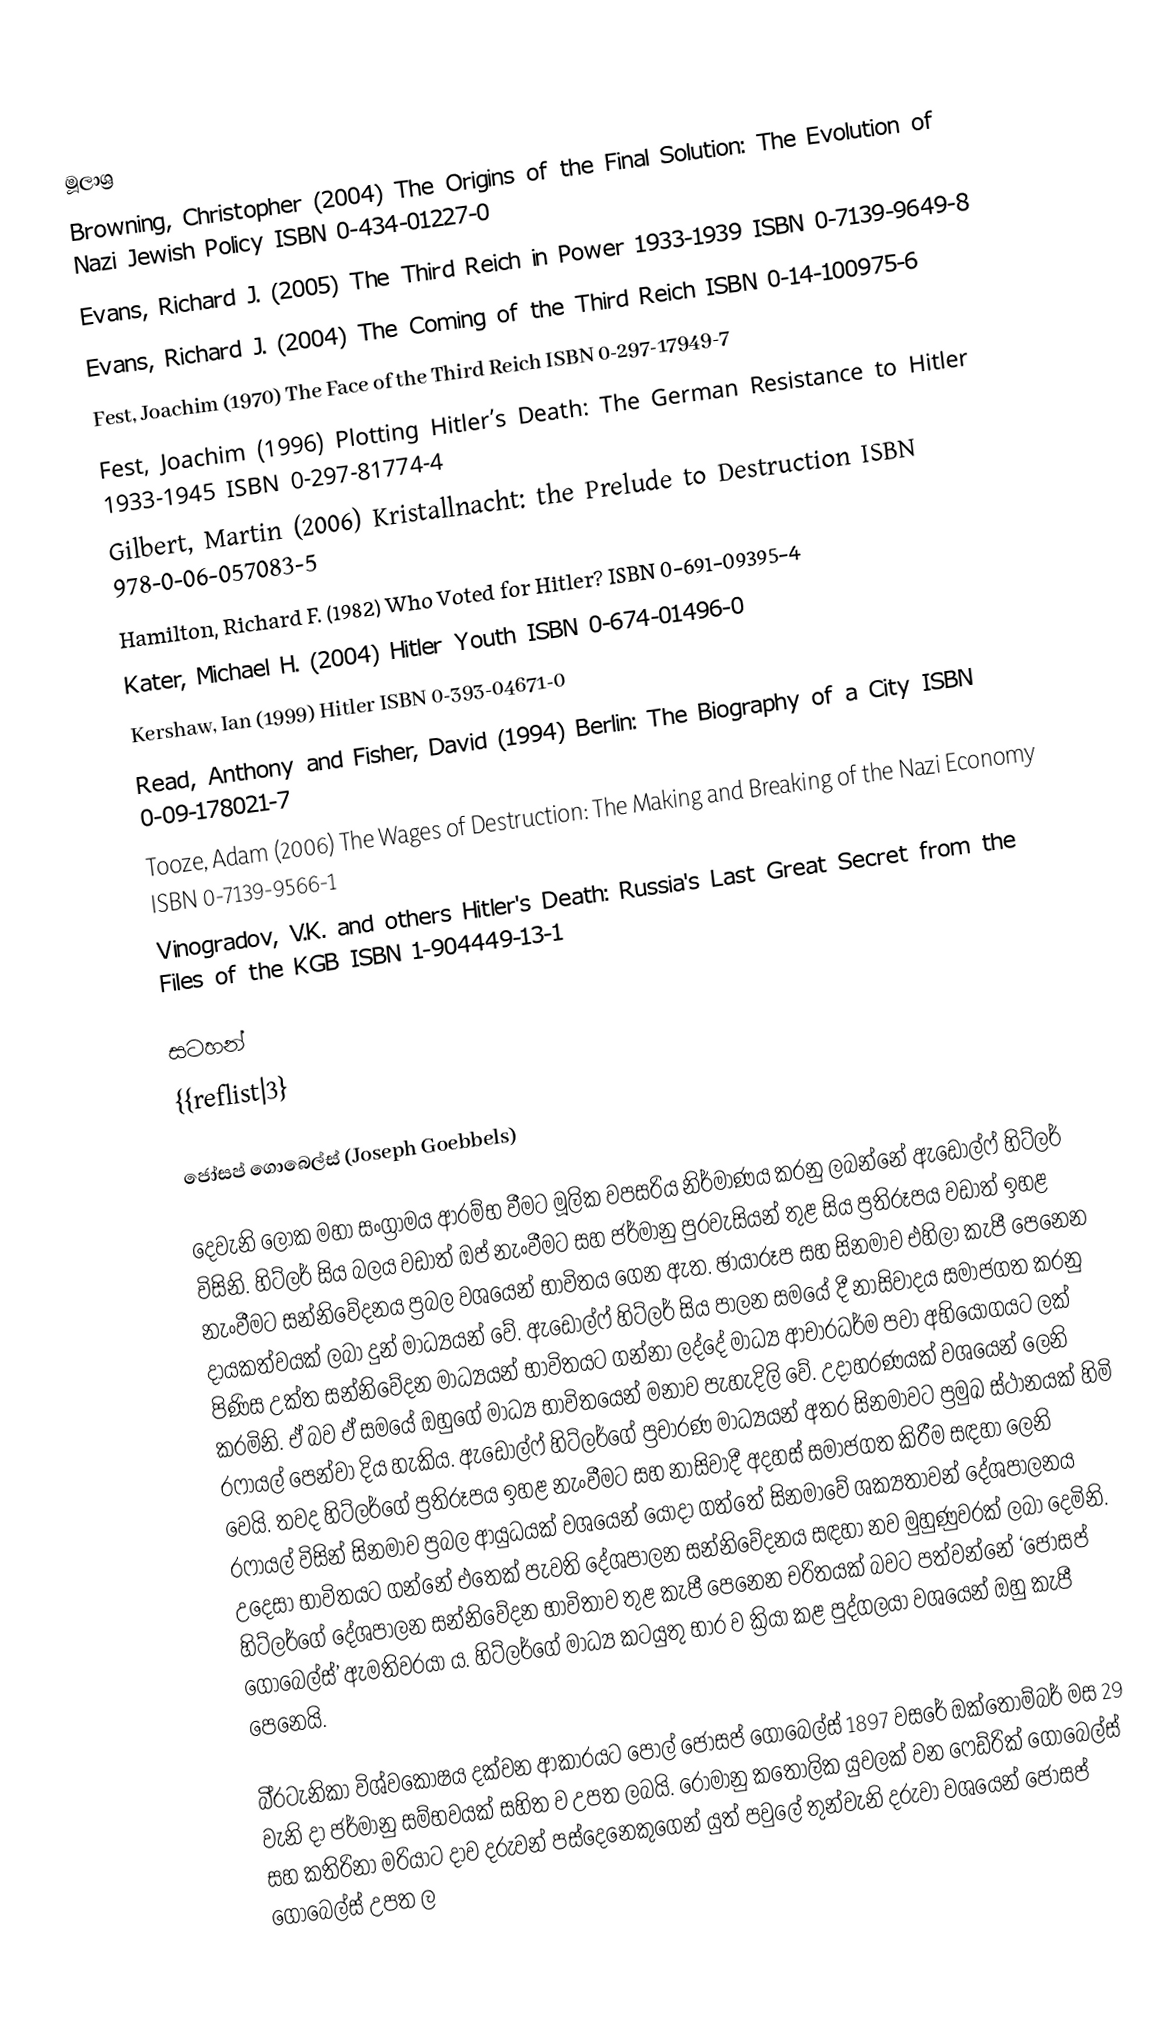

මූලාශ්‍ර
 Browning, Christopher (2004) The Origins of the Final Solution: The Evolution of Nazi Jewish Policy ISBN 0-434-01227-0
 Evans, Richard J. (2005) The Third Reich in Power 1933-1939 ISBN 0-7139-9649-8
 Evans, Richard J. (2004) The Coming of the Third Reich ISBN 0-14-100975-6
 Fest, Joachim (1970) The Face of the Third Reich ISBN 0-297-17949-7
 Fest, Joachim (1996) Plotting Hitler’s Death: The German Resistance to Hitler 1933-1945 ISBN 0-297-81774-4
 Gilbert, Martin (2006) Kristallnacht: the Prelude to Destruction ISBN 978-0-06-057083-5
 Hamilton, Richard F. (1982) Who Voted for Hitler? ISBN 0-691-09395-4
 Kater, Michael H. (2004) Hitler Youth ISBN 0-674-01496-0
 Kershaw, Ian (1999) Hitler ISBN 0-393-04671-0
 Read, Anthony and Fisher, David (1994) Berlin: The Biography of a City ISBN 0-09-178021-7
 Tooze, Adam (2006) The Wages of Destruction: The Making and Breaking of the Nazi Economy ISBN 0-7139-9566-1
 Vinogradov, V.K. and others Hitler's Death: Russia's Last Great Secret from the Files of the KGB ISBN 1-904449-13-1

සටහන්
{{reflist|3}

ජෝසප් ගොබෙල්ස් (Joseph Goebbels)

දෙවැනි ලෝක මහා සංග්‍රාමය ආරම්භ වීමට මූලික වපසරිය නිර්මාණය කරනු ලබන්නේ ඇඩොල්ෆ් හිට්ලර් විසිනි. හිට්ලර් සිය බලය වඩාත් ඔප් නැංවීමට සහ ජර්මානු පුරවැසියන් තුළ සිය ප්‍රතිරූපය වඩාත් ඉහළ නැංවීමට සන්නිවේදනය ප්‍රබල වශයෙන් භාවිතය ගෙන ඇත. ඡායාරූප සහ සිනමාව එහිලා කැපී පෙනෙන දායකත්වයක් ලබා දුන් මාධ්‍යයන් වේ. ඇඩොල්ෆ් හිට්ලර් සිය පාලන සමයේ දී නාසිවාදය සමාජගත කරනු පිණිස උක්ත සන්නිවේදන මාධ්‍යයන් භාවිතයට ගන්නා ලද්දේ මාධ්‍ය ආචාරධර්ම පවා අභියෝගයට ලක් කරමිනි. ඒ බව ඒ සමයේ ඔහුගේ මාධ්‍ය භාවිතයෙන් මනාව පැහැදිලි වේ. උදාහරණයක් වශයෙන් ලෙනි රෆායල් පෙන්වා දිය හැකිය. ඇඩොල්ෆ් හිට්ලර්ගේ ප්‍රචාරණ මාධ්‍යයන් අතර සිනමාවට ප්‍රමුඛ ස්ථානයක් හිමි වෙයි. තවද හිට්ලර්ගේ ප්‍රතිරූපය ඉහළ නැංවීමට සහ නාසිවාදී අදහස් සමාජගත කිරීම සඳහා ලෙනි රෆායල් විසින් සිනමාව ප්‍රබල ආයුධයක් වශයෙන් යොදා ගත්තේ සිනමාවේ ශක්‍යතාවන් දේශපාලනය උදෙසා භාවිතයට ගන්නේ එතෙක් පැවති දේශපාලන සන්නිවේදනය සඳහා නව මුහුණුවරක් ලබා දෙමිනි. හිට්ලර්ගේ දේශපාලන සන්නිවේදන භාවිතාව තුළ කැපී පෙනෙන චරිතයක් බවට පත්වන්නේ ‘ජෝසප් ගොබෙල්ස්’ ඇමතිවරයා ය. හිට්ලර්ගේ මාධ්‍ය කටයුතු භාර ව ක්‍රියා කළ පුද්ගලයා වශයෙන් ඔහු කැපී පෙනෙයි.

බි්‍රටැනිකා විශ්වකෝෂය දක්වන ආකාරයට පෝල් ජෝසප් ගොබෙල්ස් 1897 වසරේ ඔක්තෝම්බර් මස 29 වැනි දා ජර්මානු සම්භවයක් සහිත ව උපත ලබයි. රෝමානු කතෝලික යුවලක් වන ෆෙඩ්රික් ගොබෙල්ස් සහ කතිරිනා මරියාට දාව දරුවන් පස්දෙනෙකුගෙන් යුත් පවුලේ තුන්වැනි දරුවා වශයෙන් ජෝසප් ගොබෙල්ස් උපත ල